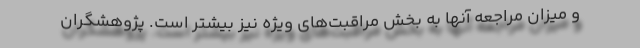
و میزان مراجعه آنها به بخش مراقبت‌های ویژه نیز بیشتر است. پژوهشگران